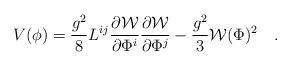
LaTeX: \begin{align*}V(\phi) = \frac{g^2}{8} L^{ij}\frac{\partial {\cal W}}{\partial\Phi^i}\frac{\partial {\cal W}}{\partial\Phi^j} -\frac{g^2}{3}{\cal W}(\Phi)^2\quad .\end{align*}